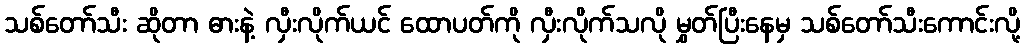
သစ်တော်သီး ဆိုတာ ဓားနဲ့ လှီးလိုက်ယင် ထောပတ်ကို လှီးလိုက်သလို မွှတ်ပြီးနေမှ သစ်တော်သီးကောင်းလို့